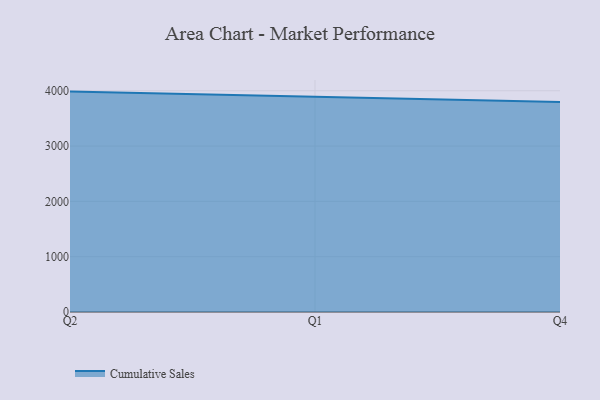
{"axis": {"x": "Quarter", "y": "Gross Profit (USD K)"}, "legend": ["Cumulative Sales"], "data": [{"x": "Q2", "y": 3984.4, "type": "Cumulative Sales"}, {"x": "Q1", "y": 3889.4, "type": "Cumulative Sales"}, {"x": "Q4", "y": 3794.9, "type": "Cumulative Sales"}]}